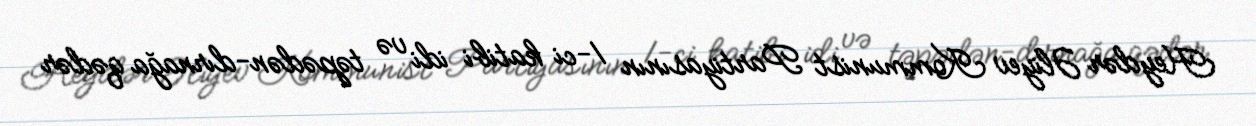
Heydər Əliyev Kommunist Partiyasının 1-ci katibi idi və təpədən-dırnağa qədər